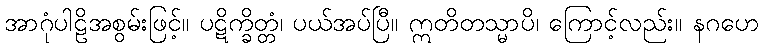
အာဂုံပါဠိအစွမ်းဖြင့်။ ပဋိက္ခိတ္တံ၊ ပယ်အပ်ပြီ။ ဣတိတသ္မာပိ၊ ကြောင့်လည်း။ နဂဟေ